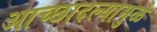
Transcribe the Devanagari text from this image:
आच्छादल्यामुळे